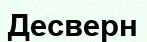
Десверн